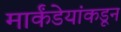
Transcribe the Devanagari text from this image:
मार्कंडेयांकडून